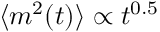
\langle m ^ { 2 } ( t ) \rangle \propto t ^ { 0 . 5 }